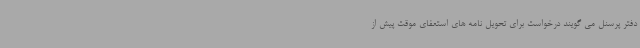
دفتر پرسنل می گویند درخواست برای تحویل نامه های استعفای موقت پیش از